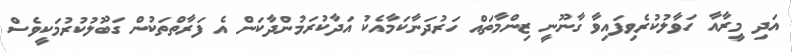
އަދި މީރާއާ ހަވާލުކުރެވިފައިވާ ގާނޫނީ ޒިންމާތައް ހަރުދަނާކަމާއެކު އަދާކުރަމުންދާކަން އެ ފަރާތްތަކުން ގަބޫލުކުރުމަކީވެސް